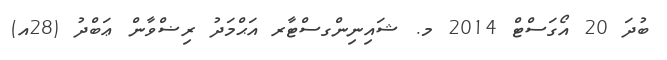
ބުދަ 20 އޯގަސްޓް 2014 މ. ޝައިނިންގސްޓާރ އަޙްމަދު ރިޟްވާން ޢަބްދު (28އ)